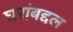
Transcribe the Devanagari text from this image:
घरांबद्दल